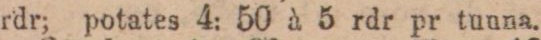
rdr; potates 4: 50 à 5 rdr pr tunna.